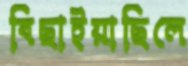
বিছাইয়াছিলে